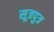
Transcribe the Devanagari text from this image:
सूत्रपुत्र